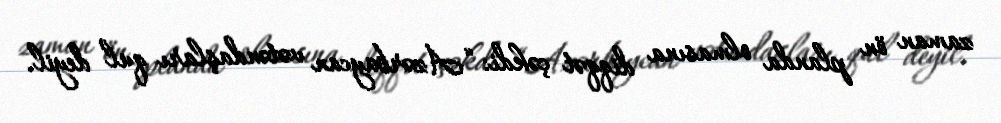
zaman ön planda olmasına diqqət çəkdi: “Azərbaycan vətəndaşları qul deyil.